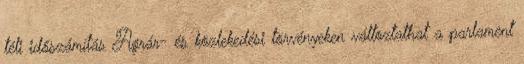
téli időszámítás Agrár- és közlekedési törvényeken változtathat a parlament